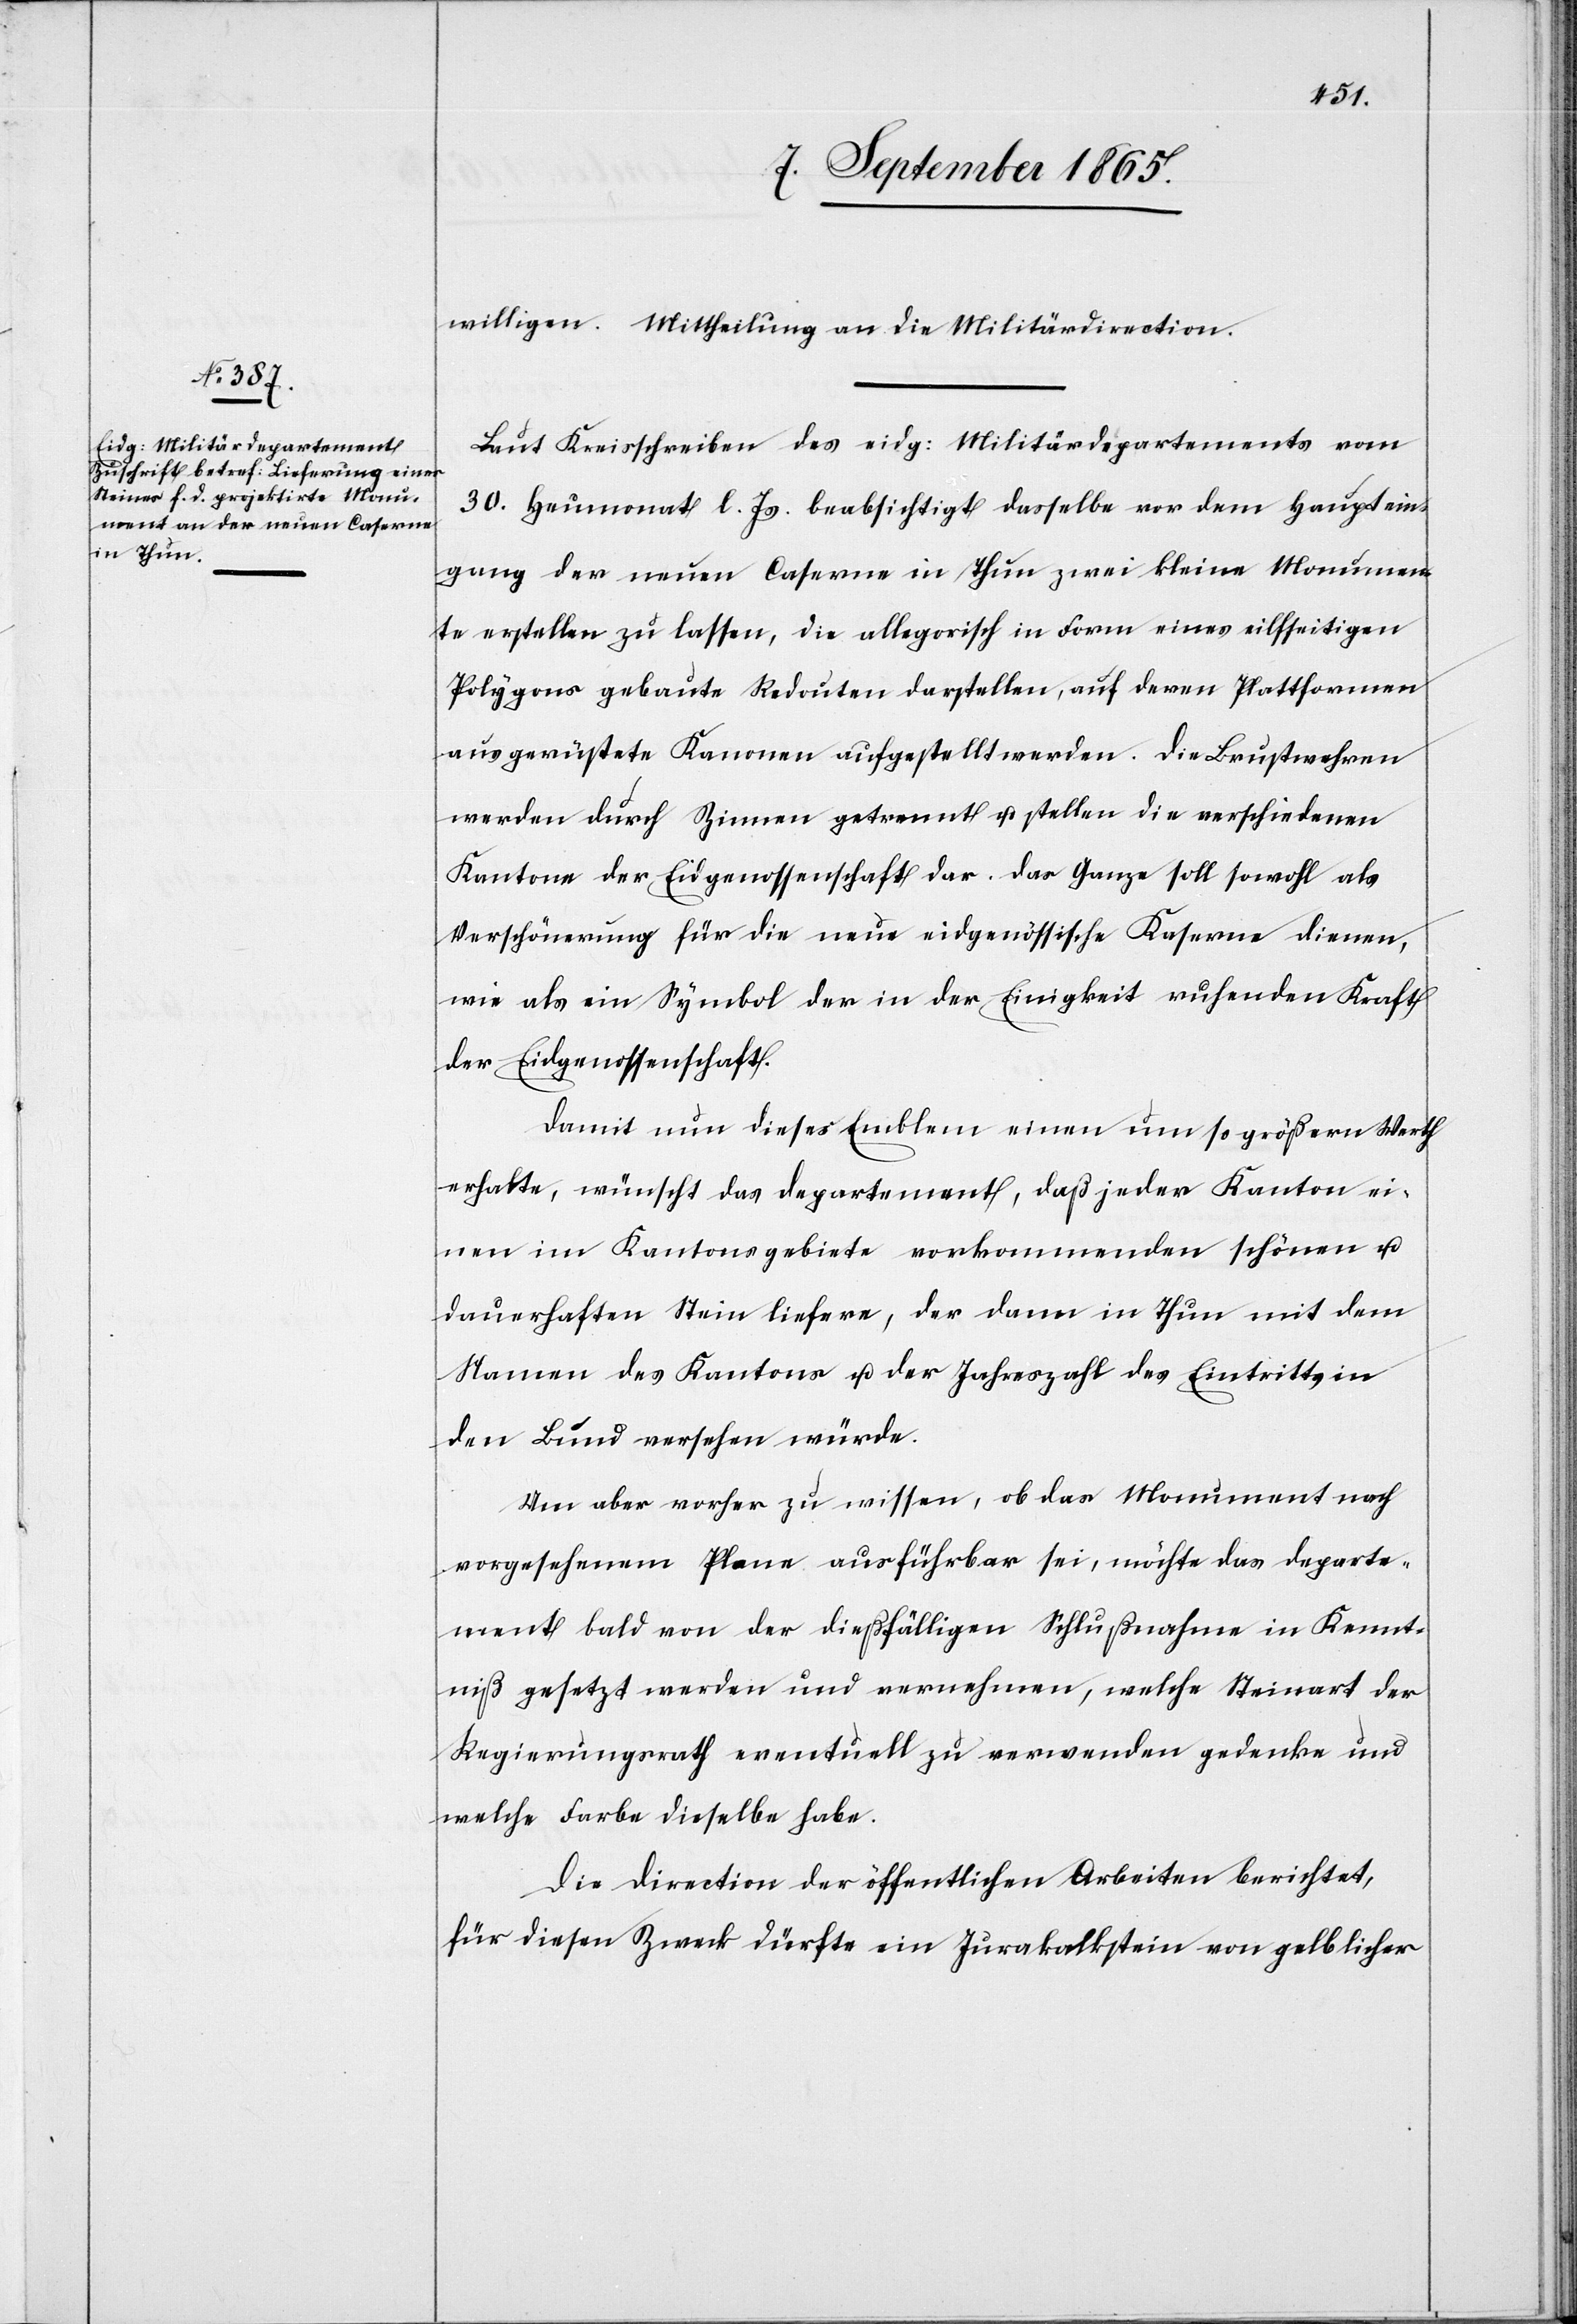
willigen. Mittheilung an die Militärdirection.
Laut Kreisschreiben des eidg: Militärdepartements vom
30. Heumonat l. Js. beabsichtigt dasselbe vor dem Hauptein¬
gang der neuen Caserne in Thun zwei kleine Monumen¬
te erstellen zu lassen, die allegorisch in Form eines eilfseitigen
Polygons gebaute Redouten darstellen, auf deren Plattformen
ausgerüstete Kanonen aufgestellt werden. Die Brustwehren
werden durch Zinnen getrennt u. stellen die verschiedenen
Kantone der Eidgenossenschaft dar. Das Ganze soll sowohl als
Verschönerung für die neue eidgenössische Kaserne dienen,
wie als ein Symbol der in der Einigkeit ruhenden Kraft
der Eidgenossenschaft.
Damit nun dieses Emblem einen um so größern Werth
erhalte, wünscht das Departement, daß jeder Kanton ei¬
nen im Kantonsgebiete vorkommenden schönen u.
dauerhaften Stein liefere, der dann in Thun mit dem
Namen des Kantons u. der Jahreszahl des Eintritts in
den Bund versehen würde.
Um aber vorher zu wissen, ob das Monument nach
vorgesehenem Plane ausführbar sei, möchte das Departe¬
ment bald von der dießfälligen Schlußnahme in Kennt¬
niß gesetzt werden und vernehmen, welche Steinart der
Regierungsrath eventuell zu verwenden gedenke und
welche Farbe dieselbe habe.
Die Direction der öffentlichen Arbeiten berichtet,
für diesen Zweck dürfte ein Jurakalkstein von gelblicher